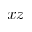
x z